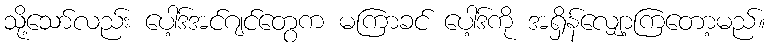
သို့သော်လည်း ပေါ့ဒ်အင်ဂျင်တွေက မကြာခင် ပေါ့ဒ်ကို အရှိန်လျှော့ကြတော့မည်။